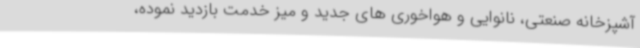
آشپزخانه صنعتی، نانوایی و هواخوری های جدید و میز خدمت بازدید نموده،